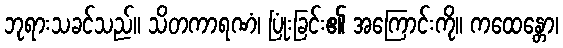
ဘုရားသခင်သည်။ သိတကာရဏံ၊ ပြုံးခြင်း၏ အကြောင်းကို။ ကထေန္တော၊